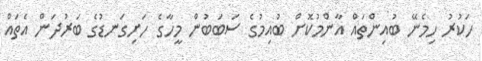
ހަކުރު ހިމެނޭ ބުއިންތައް އާންމުކޮށް ބުއިމުގެ ސަބަބުން މީހާގެ ހަށިގަނޑުގެ ބަރުދަން އެތައް